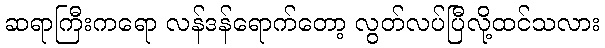
ဆရာကြီးကရော လန်ဒန်ရောက်တော့ လွတ်လပ်ပြီလို့ထင်သလား